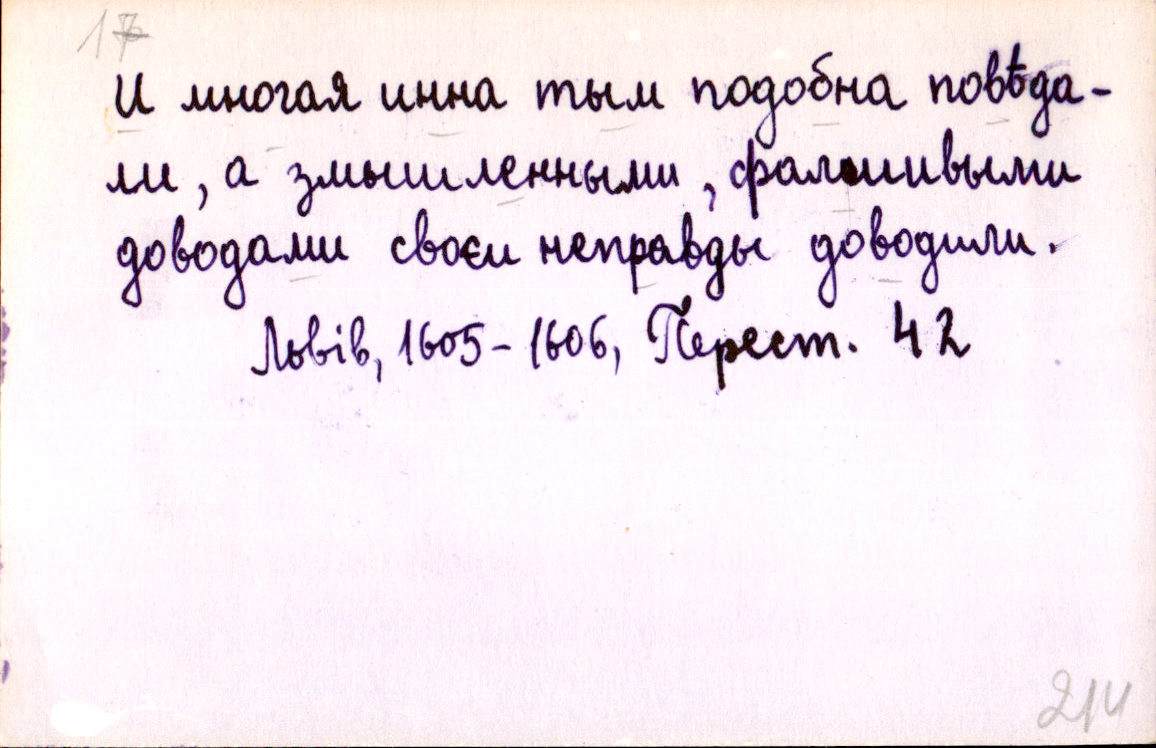
И многая инна тым подобна повѣда-
ли, а змышленными, фалшивыми
доводами своєи неправды доводили.
Львів, 1605-1606, Перест. 42